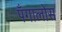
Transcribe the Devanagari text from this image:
पँगालोस